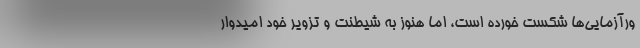
ورآزمایی‌ها شکست خورده است، اما هنوز به شیطنت و تزویر خود امیدوار